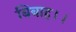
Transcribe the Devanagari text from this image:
बिबाह।।